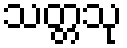
သတ္တသု